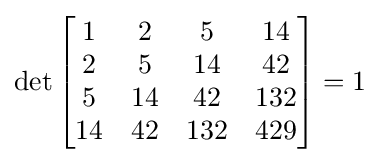
\det {\begin{bmatrix}1&2&5&14\\2&5&14&42\\5&14&42&132\\14&42&132&429\end{bmatrix}}=1